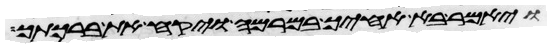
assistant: ויאמר בא אחיך במרמה ויקח את ברכתך